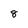
Character: 8